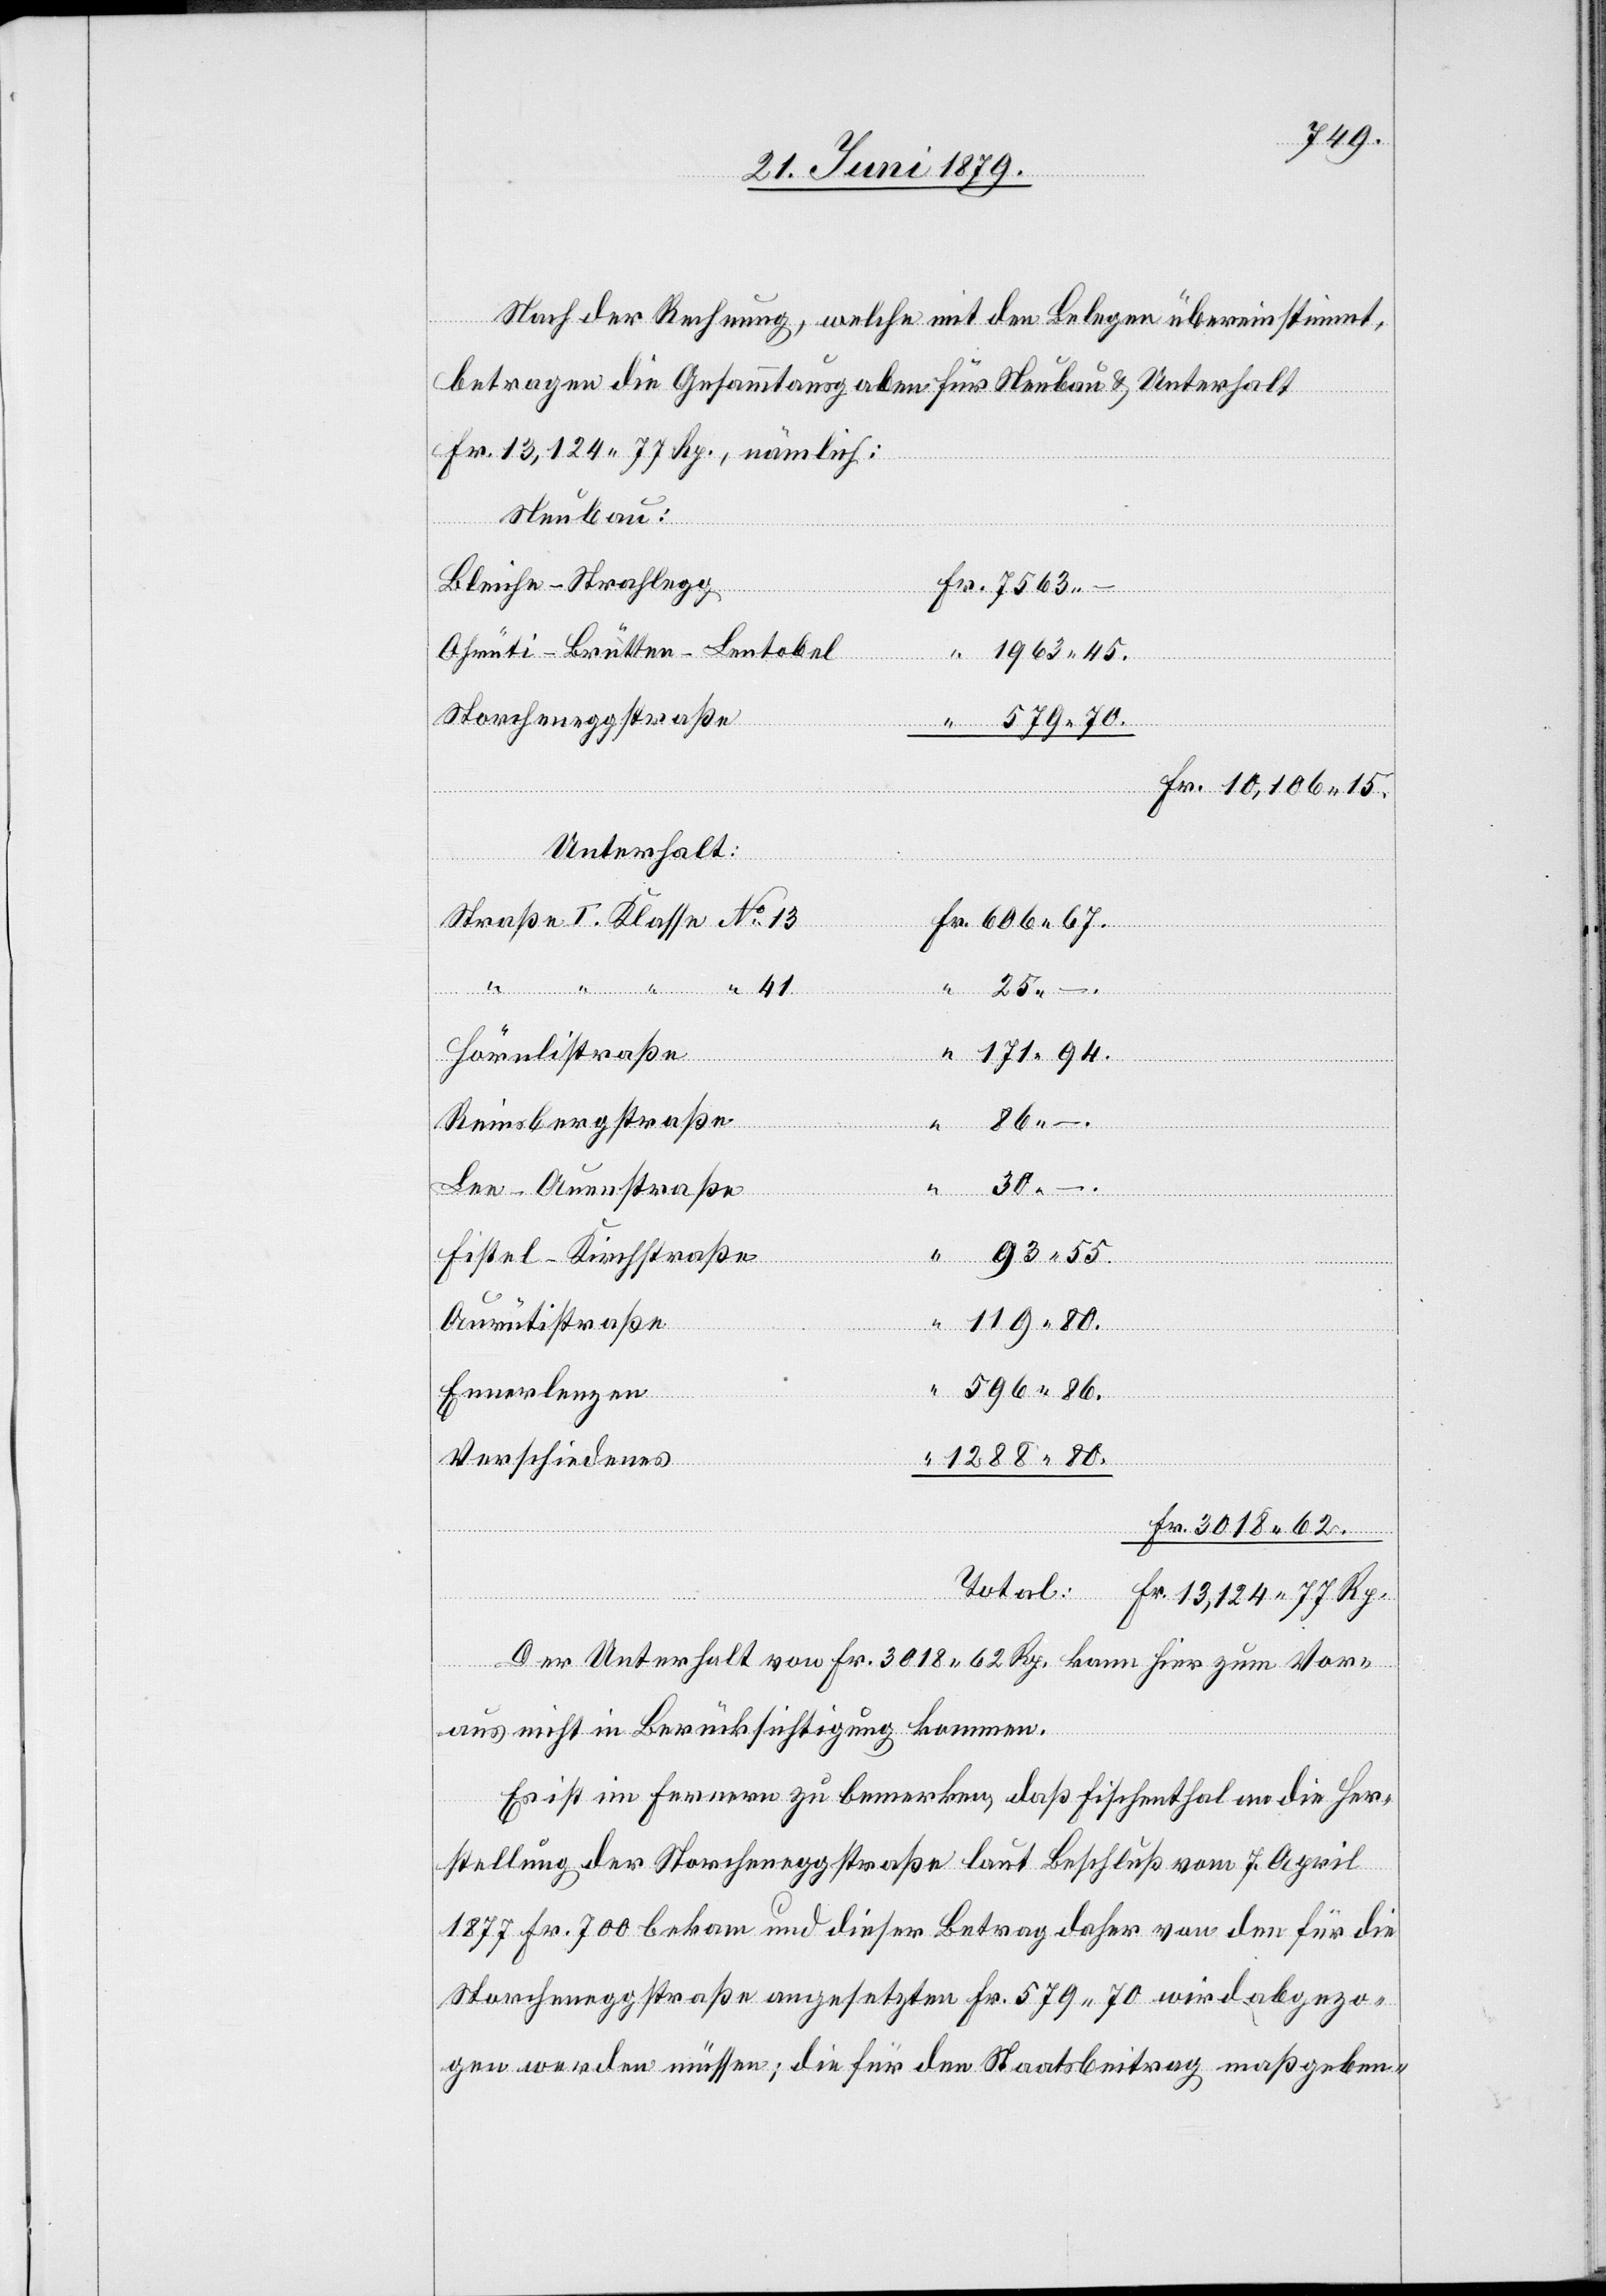
13,124
Nach der Rechnung, welche mit den Belegen übereinstimmt,
betragen die Gesammtausgaben für Neubau & Unterhalt
Fr. 13,124 77 Rp., nämlich:
Neubau:
Bleiche–Strahlegg
Ohrüti–Brütten–Leetobel
1963 45.
Storcheneggstraße
Unterhalt:
Straße I. Klasse No 13
“
Total
Hörnlistraße
171 94.
“
86 –
Reinsbergstraße
Rp.
Lee–Auenstraße
30
93 55.
Fistel–Kirchstraße
“
1288 80.
Aurütistraße
596 86.
Ennerlenzen
“
Verschiedenes
Der Unterhalt von Fr. 3018 62 Rp. kann hier zum Vor¬
aus nicht in Berücksichtigung kommen.
Es ist im Fernern zu bemerken, daß Fischenthal an die Her¬
stellung der Storcheneggstraße laut Beschluß vom 7. April
1877 Fr. 700 bekam und dieser Betrag daher von den für die
Storcheneggstraße angesetzten Fr. 579 70 wird abgezo¬
gen werden müssen; die für den Staatsbeitrag maßgeben-